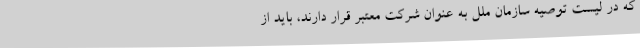
که در لیست توصیه سازمان ملل به عنوان شرکت معتبر قرار دارند، باید از